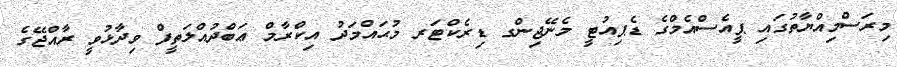
މިރަސްމިއްޔާތުގައި ޕީއެސްއެމްގެ ޑެޕިއުޓީ މެނޭޖިންގ ޑިރެކްޓަރ މުޙައްމަދު އިކްރާމް ޢަބްދުއްލަތީފް ވިދާޅުވީ ރާއްޖޭގެ